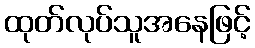
ထုတ်လုပ်သူအနေဖြင့်